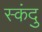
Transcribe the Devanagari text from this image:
स्कंदु